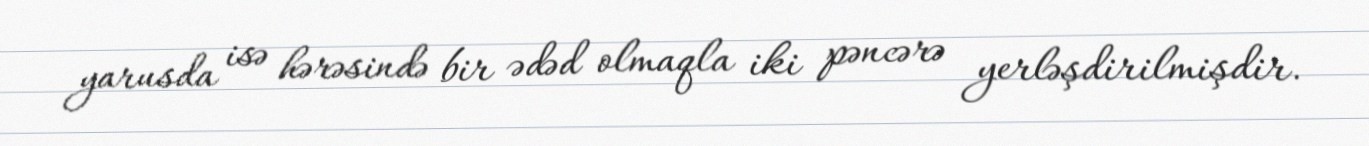
yarusda isə hərəsində bir ədəd olmaqla iki pəncərə yerləşdirilmişdir.